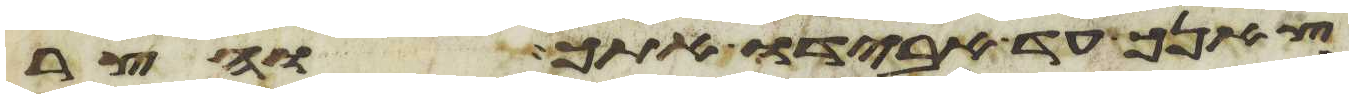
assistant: צאנך עד אבידו אתך והצר